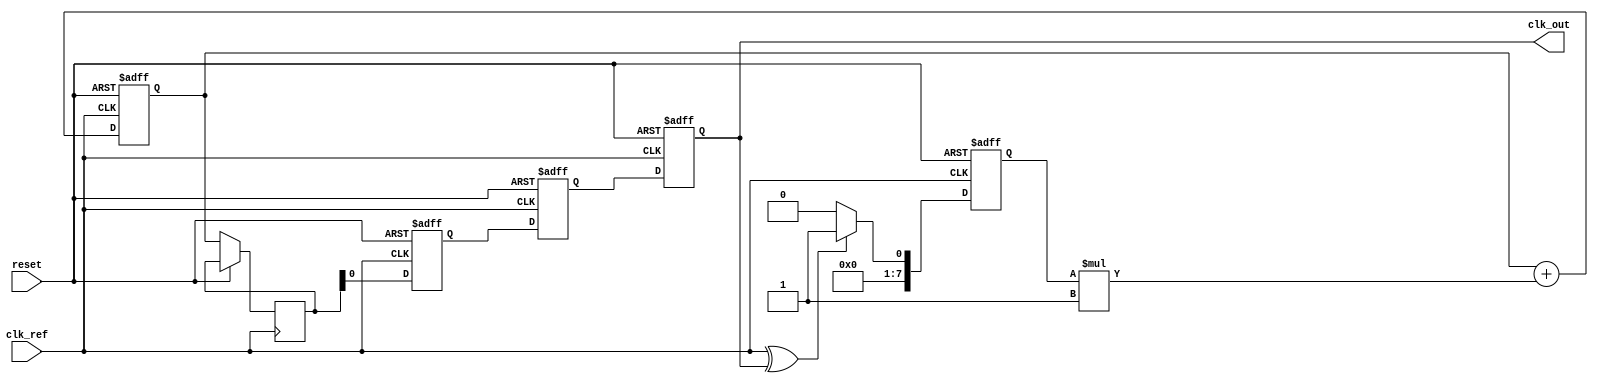
module DualLoopPLL (
    input wire clk_ref,          // Reference Clock Input
    input wire reset,            // Reset Signal
    output reg clk_out           // Output Clock
);

// Parameters
parameter PHASE_DETECTOR_WIDTH = 8; // Width of the phase detector output
parameter LOOP_FILTER_WIDTH = 8;     // Width of the loop filter output
parameter VCO_WIDTH = 8;             // Width of the VCO output

// Internal signals
reg [PHASE_DETECTOR_WIDTH-1:0] phase_err; // Phase Error Signal
reg [LOOP_FILTER_WIDTH-1:0] control_voltage; // Control Voltage for VCO
reg [VCO_WIDTH-1:0] vco_output; // VCO Output
reg [VCO_WIDTH-1:0] feedback; // Feedback signal for phase detector
reg [7:0] loop_filter_reg; // Loop filter register
reg [3:0] loop_filter_gain = 4'b0001; // Loop filter gain

// Phase Detector (PD)
always @(posedge clk_ref or posedge reset) begin
    if (reset) begin
        phase_err <= 0;
    end else begin
        // Simple XOR Phase Detector
        phase_err <= (clk_ref ^ clk_out) ? 1 : 0; // Example phase error calculation
    end
end

// Loop Filter (Outer Loop)
always @(posedge clk_ref or posedge reset) begin
    if (reset) begin
        loop_filter_reg <= 0;
    end else begin
        // Simple First-order Loop Filter
        loop_filter_reg <= loop_filter_reg + (phase_err * loop_filter_gain);
        control_voltage <= loop_filter_reg; // Control voltage for VCO
    end
end

// Voltage-Controlled Oscillator (VCO)
always @(posedge clk_ref or posedge reset) begin
    if (reset) begin
        vco_output <= 0;
    end else begin
        // Simple VCO model (frequency scaling)
        vco_output <= control_voltage; // Example: direct mapping for simplicity
    end
end

// Feedback Path
always @(posedge clk_ref or posedge reset) begin
    if (reset) begin
        feedback <= 0;
    end else begin
        feedback <= vco_output; // Feedback from VCO output
    end
end

// Output Buffer
always @(posedge clk_ref or posedge reset) begin
    if (reset) begin
        clk_out <= 0;
    end else begin
        clk_out <= feedback; // Output clock driven by feedback
    end
end

endmodule